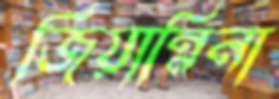
জিয়ান্নিনা